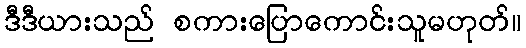
ဒီဒီယားသည် စကားပြောကောင်းသူမဟုတ်။